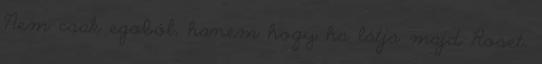
Nem csak egoból, hanem hogy ha látja majd Roset,